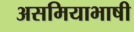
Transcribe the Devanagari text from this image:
असमियाभाषी